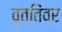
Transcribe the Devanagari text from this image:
वृत्तिंवर